Mental hospitals Bombay report 1921-28 - 1921-1928
Year: 1921
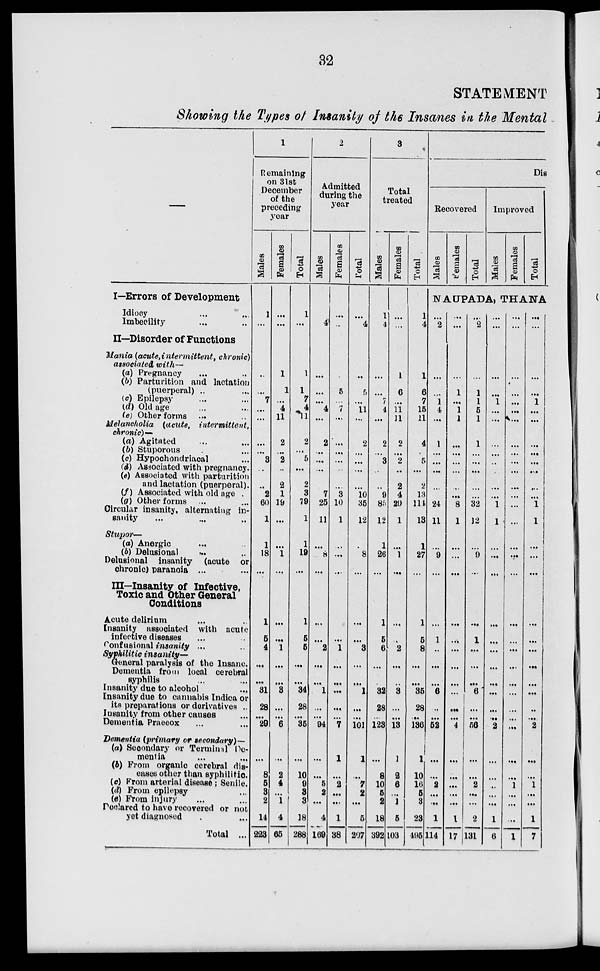
32
STATEMENT
Showing the Types of Insanity of the Insanes in the Mental
—
I—Errors of Development
Idiocy ... ...
Imbecility ... ...
II—Disorder of Functions
Mania (acute, intermittent, chronic)
associated with—
(a) Pregnancy ... ...
(b) Parturition and lactation
(puerperal) ... ...
(c) Epilepsy ... ...
(d) Old age ... ...
(e) Other forms ... ...
Melancholia (acute,
intermittent,
chronic)—
(a) Agitated ... ...
(b) Stuporous ... ...
(c) Hypochondriacal ...
(d) Associated with pregnancy.
(e) Associated with parturition
and lactation (puerperal).
(f) Associated with old age.
(g) Other forms ... ...
Circular insanity, alternating in-
sanity ... ... ...
Stupor—
(a) Anergic ... ...
(b) Delusional ... ...
Delusional insanity (acute or
chronic) paranoia ... ...
III—Insanity of Infective,
Toxic and Other General
Conditions
Acute delirium ... ...
Insanity associated with acute
infective diseases ... ...
Confusional insanity ... ...
Syphilitic insanity—
General paralysis of the Insane.
Dementia from local cerebral
syphilis ... ...
Insanity due to alcohol ...
Insanity due to cannabis Indica or
its preparations or derivatives ...
Insanity from other causes ...
Dementia Praecox ... ...
Dementia (primary or secondary)—
(a) Secondary or Terminal Do-
mentia ... ...
(b) From organic cerebral dis-
eases other than syphilitic
(c) From arterial disease; Senile.
(d) From epilepsy ...
(e) From injury ... ...
Declared to have recovered or not
yet diagnosed ...
Total ...
1
Remaining
on 3lst
December
of the
preceding
year
Males
1
...
...
...
7
...
...
...
...
3
...
...
2
60
1
1
18
...
1
5
4
...
...
31
28
...
29
...
8
6
3
2
14
223
Females
...
...
1
1
...
4
11
2
...
2
...
2
1
19
...
...
1
...
...
...
1
...
...
3
...
...
6
...
2
4
...
1
4
65
Total
1
...
1
1
7
4
11
2
...
5
...
2
3
79
1
1
19
...
1
5
5
...
...
34
28
...
35
...
10
9
3
3
18
288
2
Admitted
during the
year
Males
...
4
...
...
...
4
...
2
...
...
...
...
7
25
11
...
8
...
...
...
2
...
...
1
...
...
94
...
...
5
2
...
4
169
Females
...
..
...
5
...
7
...
...
...
...
...
...
3
10
1
...
...
...
...
...
1
...
...
...
...
...
7
1
...
2
...
...
1
38
Total
...
4
...
5
...
11
...
2
...
...
...
...
10
35
12
...
8
...
...
...
3
...
...
1
...
...
101
1
...
7
2
...
5
207
3
Total
treated
Males
1
4
...
...
7
4
...
2
...
3
...
...
9
85
12
1
26
...
1
5
6
...
...
32
28
...
123
...
8
10
5
2
18
392
Females
...
...
1
6
...
11
11
2
...
2
...
2
4
29
1
...
1
...
...
...
2
...
...
3
...
...
13
1
2
6
...
1
5
103
Total
1
4
1
6
7
16
11
4
...
5
...
2
13
114
13
1
27
...
1
5
8
...
...
35
28
...
136
1
10
16
5
3
23
495
Dis
Recovered
Males
Females
Total
Improved
Males
Females
Total
NAUPADA, THANA
...
2
...
...
1
4
...
1
...
...
...
...
...
24
11
...
9
...
...
1
...
...
...
6
...
...
52
...
...
2
...
...
1
114
...
...
...
1
...
1
1
...
...
...
...
...
...
8
1
...
...
...
...
...
...
...
...
...
...
...
4
...
...
...
...
...
1
17
...
2
...
1
1
5
1
1
...
...
...
...
...
32
12
...
9
...
...
1
...
...
...
6
...
...
56
...
...
2
...
...
2
131
...
...
...
...
1
...
...
...
...
...
...
...
...
1
1
...
...
...
...
...
...
...
...
...
...
..
2
...
...
...
...
...
1
6
...
...
...
...
...
...
...
...
...
...
...
...
...
...
...
...
...
...
...
...
...
...
...
...
...
...
...
...
...
1
...
...
...
1
...
...
...
...
1
...
...
...
...
...
...
...
...
1
1
...
...
...
...
...
...
...
...
...
...
...
2
...
...
1
...
...
1
7